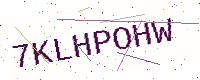
Text: 7KLHPOHW